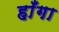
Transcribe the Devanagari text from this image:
हाँगा